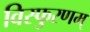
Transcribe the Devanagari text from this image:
विस्फुरणम्